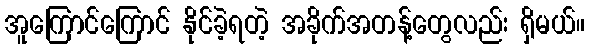
အူကြောင်ကြောင် နိုင်ခဲ့ရတဲ့ အခိုက်အတန့်တွေလည်း ရှိမယ်။